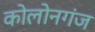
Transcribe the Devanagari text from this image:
कोलोनगंज